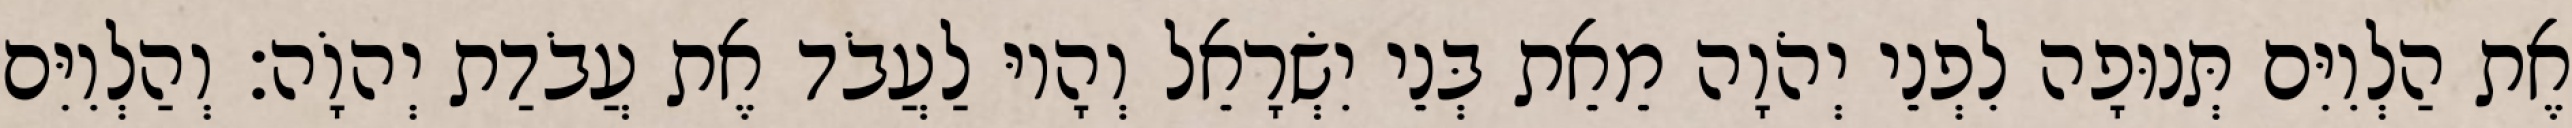
אֶת הַלְוִיִּם תְּנוּפָה לִפְנֵי יְהֹוָה מֵאֵת בְּנֵי יִשְׂרָאֵל וְהָיוּ לַעֲבֹד אֶת עֲבֹדַת יְהוָֹה׃ וְהַלְוִיִּם